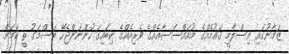
ޒަމާނުގައި އިސްލާމީ ޤައުމެއްގެ މުއައްސަސާއެއްގެ ވެރިއެއްގެ ކިބައިގަ ހުންނަންޖެހޭ ބަސްމަގު ތީ ކަމަށް